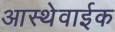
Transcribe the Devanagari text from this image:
आस्थेवाईक